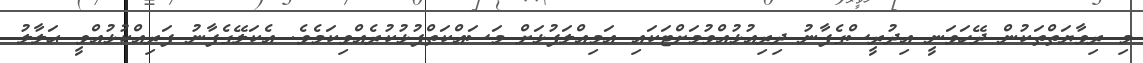
މި ރިވާޔަތްތަކުން ދޭހަވަނީ އިދުރީސްގެފާނު ދިރިއުޅުއްވުމަށްޓަކައި އަމިއްލަފުޅަށް މަސައްކަތްޕުޅުކުރެއްވިކަމެވެ. އެކަލޭގެފާނު ފަރިއްކުޅުއްވީ ޙަލާލު